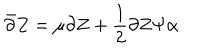
LaTeX: \bar { \partial } Z = \mu \partial Z + \frac { 1 } { 2 } \partial Z \Psi \alpha